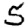
Digit: 5